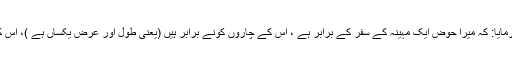
1549: سیدنا عبد اللہ بن عمرو بن عاصؓ کہتے ہیں کہ رسول اللہﷺ نے فرمایا: کہ میرا حوض ایک مہینہ کے سفر کے برابر ہے ، اس کے چاروں کونے برابر ہیں (یعنی طول اور عرض یکساں ہے )، اس کا پانی چاندی سے زیادہ سفید ہے اور اس کی خوشبو مشک سے بہتر ہے۔